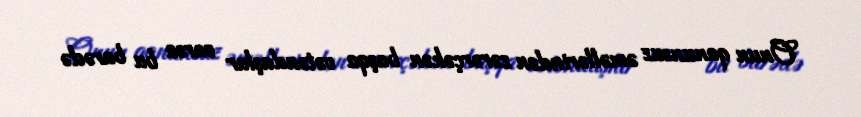
Onun qanunsuz əməllərindən zərərçəkən başqa vətəndaşlar varsa bu barədə